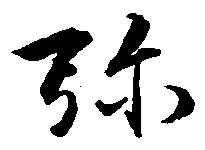
弥